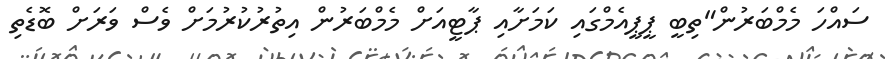
ސައްހަ މެމްބަރުން"ތިބީ ޕީޕީއެމްގައި ކަމަށާއި ޕާޓީއަށް މެމްބަރުން އިތުރުކުރުމަށް ވެސް ވަރަށް ބޮޑެތި